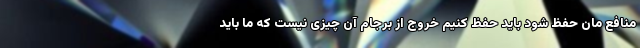
منافع مان حفظ شود باید حفظ کنیم خروج از برجام آن چیزی نیست که ما باید